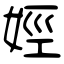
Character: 娙